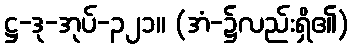
ဋ္ဌ-ဒု-အုပ်-၃၂၁။ (အံ-၌လည်းရှိ၏)